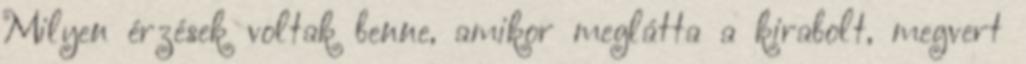
Milyen érzések voltak benne, amikor meglátta a kirabolt, megvert